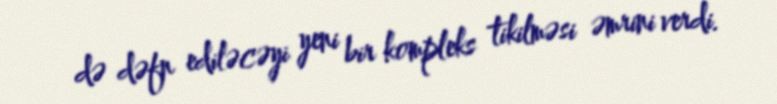
də dəfn ediləcəyi yeni bir kompleks tikilməsi əmrini verdi.